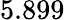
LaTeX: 5.899